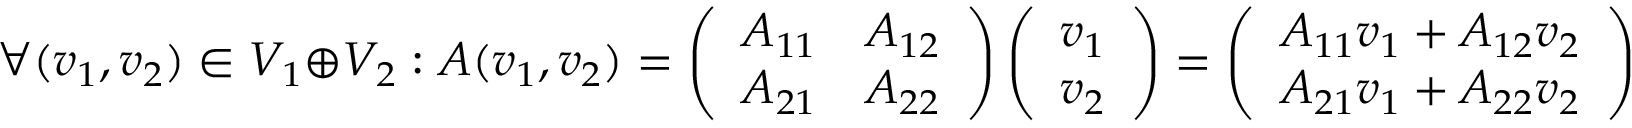
\forall ( v _ { 1 } , v _ { 2 } ) \in V _ { 1 } \oplus V _ { 2 } : A ( v _ { 1 } , v _ { 2 } ) = \left( \begin{array} { l l } { A _ { 1 1 } } & { A _ { 1 2 } } \\ { A _ { 2 1 } } & { A _ { 2 2 } } \end{array} \right) \left( \begin{array} { l } { v _ { 1 } } \\ { v _ { 2 } } \end{array} \right) = \left( \begin{array} { l } { A _ { 1 1 } v _ { 1 } + A _ { 1 2 } v _ { 2 } } \\ { A _ { 2 1 } v _ { 1 } + A _ { 2 2 } v _ { 2 } } \end{array} \right)